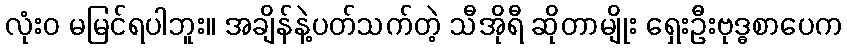
လုံးဝ မမြင်ရပါဘူး။ အချိန်နဲ့ပတ်သက်တဲ့ သီအိုရီ ဆိုတာမျိုး ရှေးဦးဗုဒ္ဓစာပေက